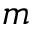
m